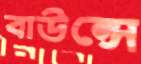
বাউন্সে